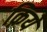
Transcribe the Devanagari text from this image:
क़िये